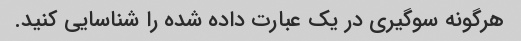
هرگونه سوگیری در یک عبارت داده شده را شناسایی کنید.